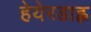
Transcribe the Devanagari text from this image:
हेयेरडाह्ल